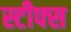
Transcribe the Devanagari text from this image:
स्टीफ्स